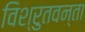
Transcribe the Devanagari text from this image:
विश्रुतवन्ता